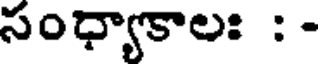
సంధ్యాకాల: : -